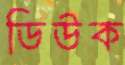
ডিউক